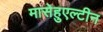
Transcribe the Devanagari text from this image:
मासेहुएल्टीन